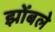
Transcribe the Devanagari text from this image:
झोंबले